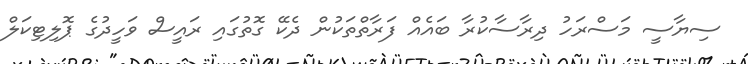
ސިޔާސީ މަސްރަހު ދިރާސާކުރާ ބައެއް ފަރާތްތަކުން ދެކޭ ގޮތުގައި ރައީސް ވަހީދުގެ ޕޮލިޓިކަލް